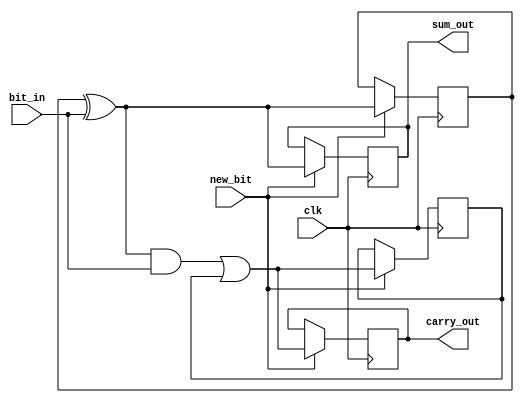
module CarrySaveAdder (
    input wire clk,            // Clock signal
    input wire new_bit,       // Control signal indicating a new bit is available
    input wire bit_in,        // Serial input bit
    output reg [7:0] sum_out, // Sum output (8 bits for example)
    output reg [7:0] carry_out // Carry output (8 bits for example)
);

    // Internal registers to hold the current sum and carry
    reg [7:0] sum_reg;        // Register for the current sum
    reg [7:0] carry_reg;      // Register for the current carry

    // Initial values
    initial begin
        sum_reg = 8'b0;
        carry_reg = 8'b0;
        sum_out = 8'b0;
        carry_out = 8'b0;
    end

    // Always block to update sum and carry on clock edge
    always @(posedge clk) begin
        if (new_bit) begin
            // Compute the new sum and carry
            // The sum is computed using XOR
            sum_reg = sum_reg ^ bit_in;
            // The carry is computed using AND and OR
            carry_reg = (sum_reg & bit_in) | carry_reg;

            // Update the outputs
            sum_out <= sum_reg;
            carry_out <= carry_reg;
        end
    end
endmodule